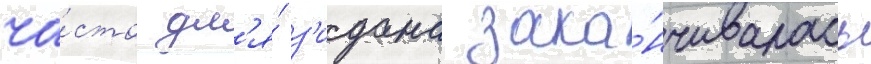
ча́сто дл'я́ з'идана зака́нчивалась